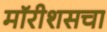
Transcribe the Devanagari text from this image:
मॉरीशसचा